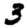
Digit: 3